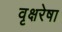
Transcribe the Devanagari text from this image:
वृक्षरेषा